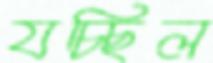
যচ্ছিল